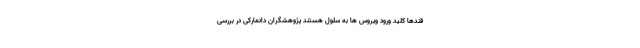
قندها کلید ورود ویروس‌ ها به سلول هستند پژوهشگران دانمارکی در بررسی